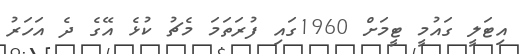
އިޓަލީ ގައުމީ ޓީމަށް 1960ގައި ފުރަތަމަ މެޗު ކުޅެ އޭގެ ދެ އަހަރު